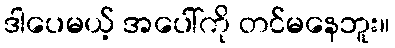
ဒါပေမယ့် အပေါ်ကို တင်မနေဘူး။